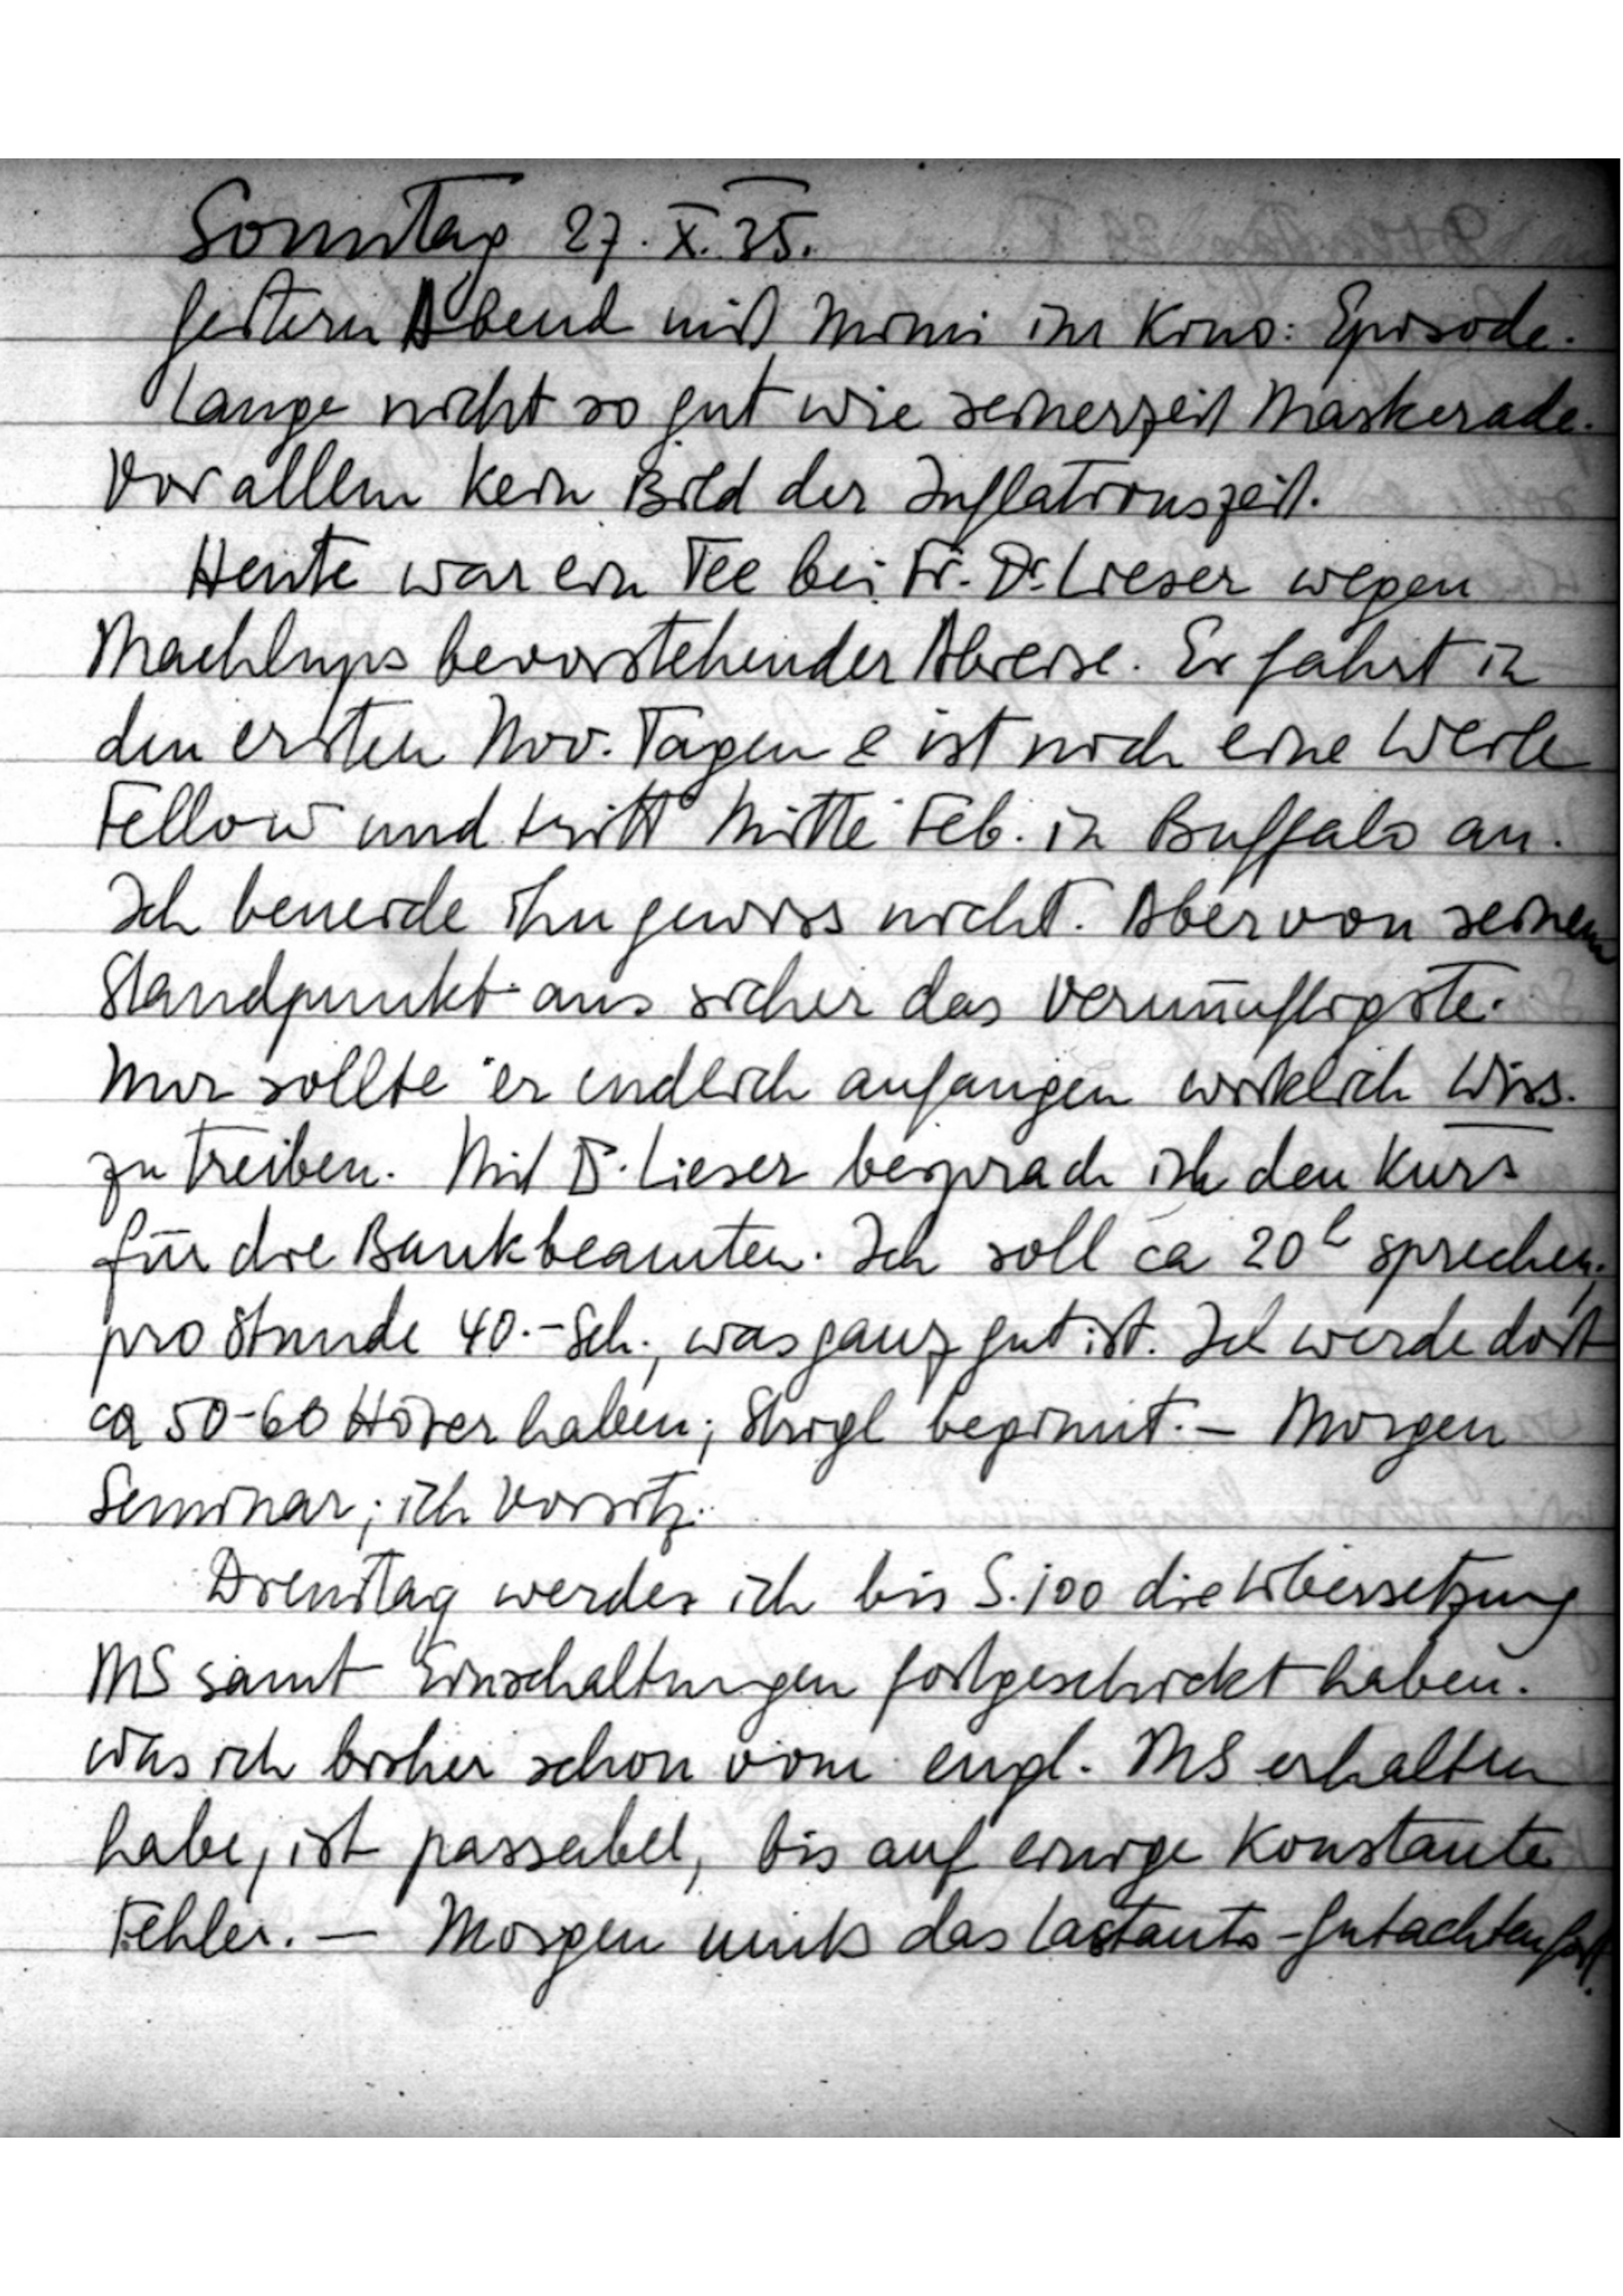
Sonntag, 27. X. 35.
Gestern Abend mit Mimi im Kino: Episode.
Lange nicht so gut wie seinerzeit Maskerade.
Vor allem kein Bild der Inflationszeit.
Heute war ein Tee bei Fr. Dr. Lieser wegen
Machlups bevorstehender Abreise. Er fährt in
den ersten Nov.Tagen & ist noch eine Weile
Fellow und tritt Mitte Feb. in Buffalo an.
Ich beneide ihn gewiss nicht. Aber von seinem
Standpunkt aus sicher das Vernünftigste.
Nur sollte er endlich anfangen wirklich Wiss.
zu treiben. Mit Dr. Lieser besprach in den Kurs
für die Bankbeamten. Ich soll ca. 20h sprechen
pro Stunde 40,- Sch., was ganz gut ist. Ich werde dort
ca 50-60 Hörer haben; Strigl beginnt. – Morgen
Seminar; ich Vorsitz
Dienstag werde ich bis S. 100 die Übersetzung
MS samt Einschaltungen fortgeschickt haben.
Was ich bisher schon vom engl. MS erhalten
habe, ist passabel, bis auf einige Konstante
Fehler. – Morgen muß das Lastauto-Gutachten fort.